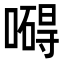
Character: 𠿴